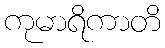
ကုမာရိကာတိ